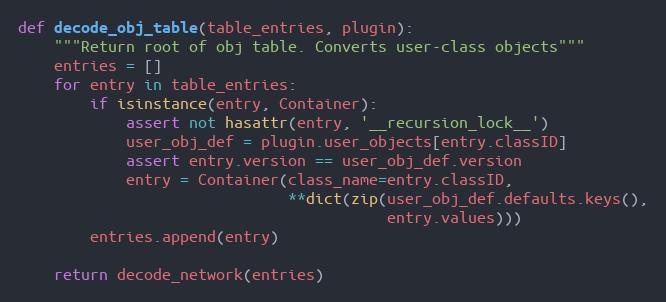
Language: Python
def decode_obj_table(table_entries, plugin):
    """Return root of obj table. Converts user-class objects"""
    entries = []
    for entry in table_entries:
        if isinstance(entry, Container):
            assert not hasattr(entry, '__recursion_lock__')
            user_obj_def = plugin.user_objects[entry.classID]
            assert entry.version == user_obj_def.version
            entry = Container(class_name=entry.classID,
                              **dict(zip(user_obj_def.defaults.keys(),
                                         entry.values)))
        entries.append(entry)

    return decode_network(entries)